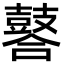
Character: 䶀